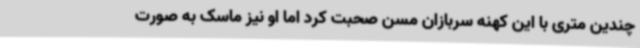
چندین متری با این کهنه سربازان مسن صحبت کرد اما او نیز ماسک به صورت